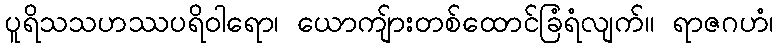
ပူရိသသဟဿပရိဝါရော၊ ယောကျ်ားတစ်ထောင်ခြံရံလျက်။ ရာဇဂဟံ၊